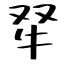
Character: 𤘩